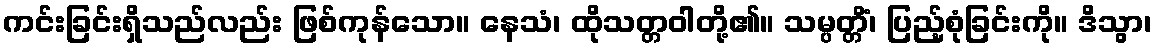
ကင်းခြင်းရှိသည်လည်း ဖြစ်ကုန်သော။ နေသံ၊ ထိုသတ္တဝါတို့၏။ သမ္ပတ္တိံ၊ ပြည့်စုံခြင်းကို။ ဒိသွာ၊